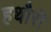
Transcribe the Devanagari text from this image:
हथौरी